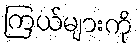
ကြယ်များကို